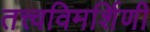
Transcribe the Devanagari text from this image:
तत्त्वविमर्शिणी